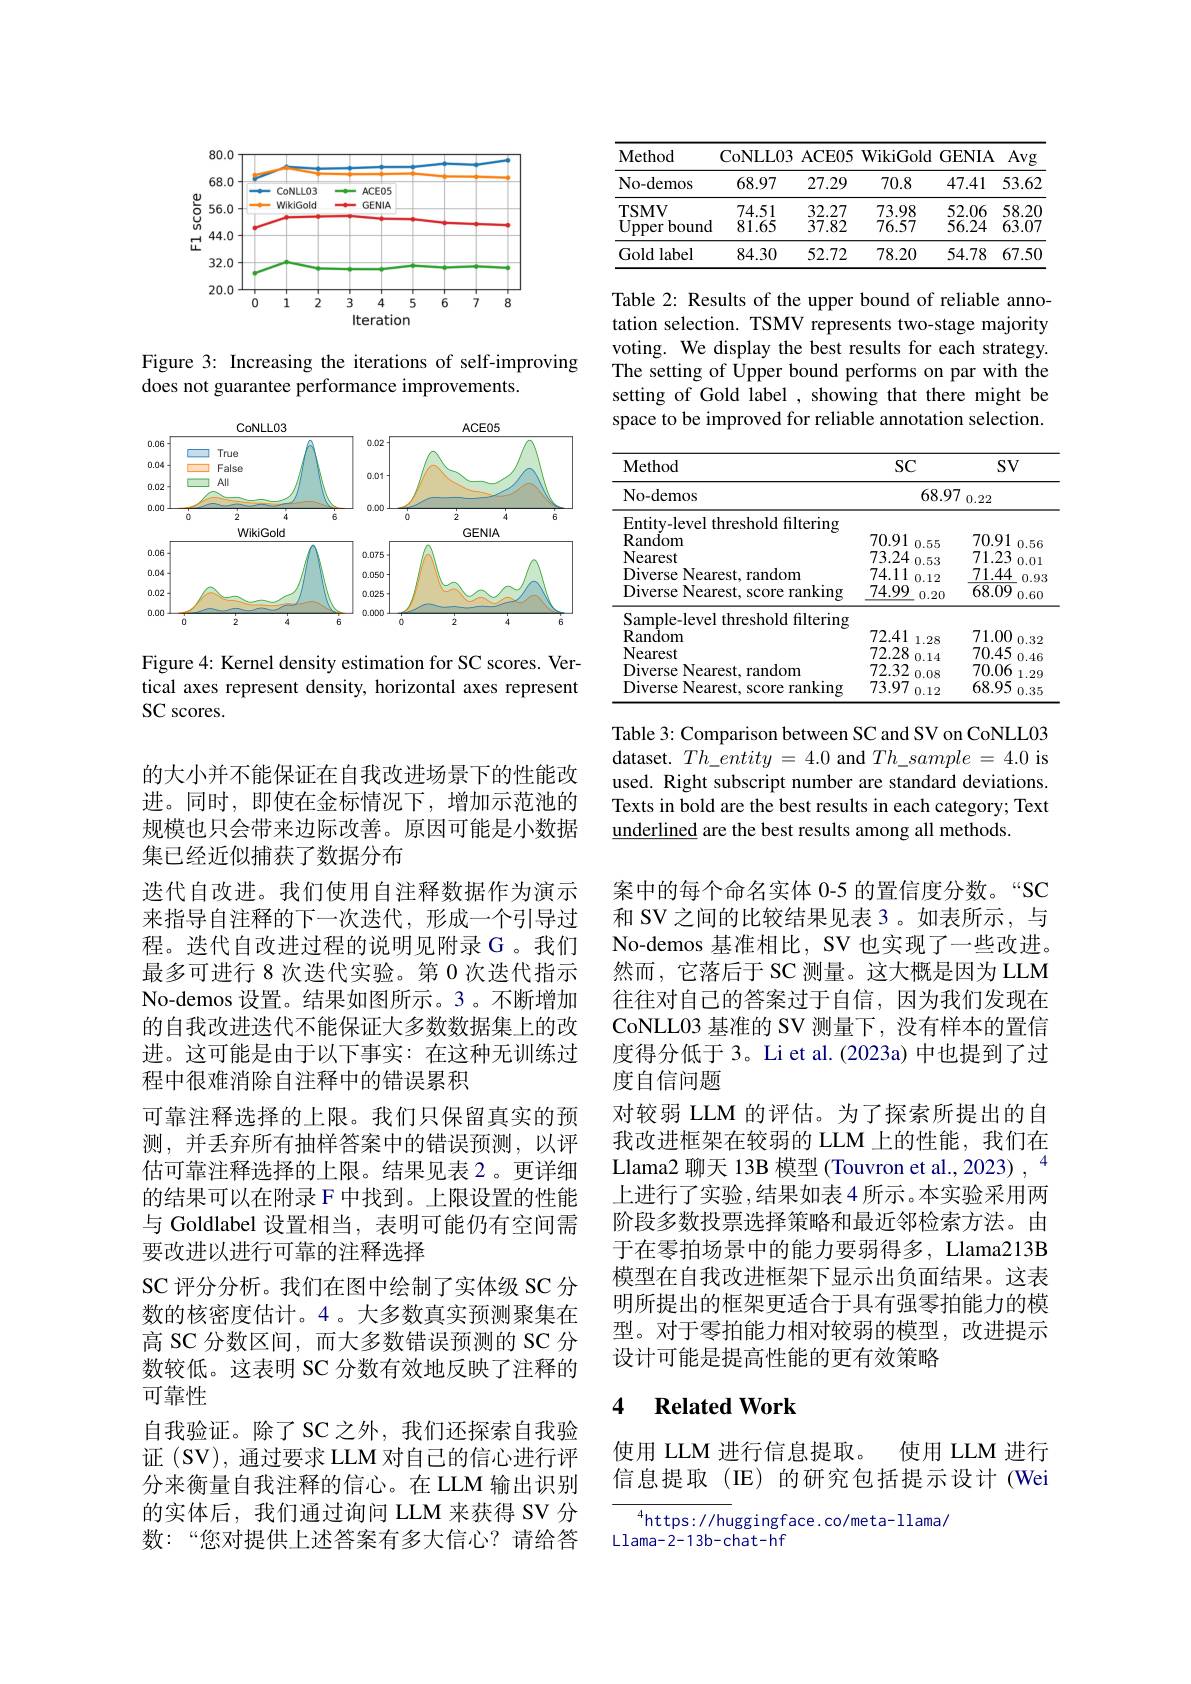
<FigureHere>

Figure 3: Increasing the iterations of self-improving
does not guarantee performance improvements.

<FigureHere>

Figure 4: Kernel density estimation for SC scores. Vertical axes represent density, horizontal axes represent SC scores.

的大小并不能保证在自我改进场景下的性能改进。同时，即使在金标情况下，增加示范池的规模也只会带来边际改善。原因可能是小数据集已经近似捕获了数据分布
选代自改进。我们使用自注释数据作为演示来指导自注释的下一次迭代，形成一个引导过程。迭代自改进过程的说明见附录 G 。我们最多可进行 8 次迭代实验。第 0 次迭代指示No-demos 设置。结果如图所示。3。不断增加的自我改进迭代不能保证大多数数据集上的改进。这可能是由于以下事实：在这种无训练过程中很难消除自注释中的错误累积
可靠注释选择的上限。我们只保留真实的预测，并丢弃所有抽样答案中的错误预测，以评估可靠注释选择的上限。结果见表 2。更详细的结果可以在附录 F 中找到。上限设置的性能与 Goldlabel 设置相当，表明可能仍有空间需要改进以进行可靠的注释选择
SC 评分分析。我们在图中绘制了实体级 SC 分数的核密度估计。4 。大多数真实预测聚集在高 SC 分数区间，而大多数错误预测的 SC 分数较低。这表明 SC 分数有效地反映了注释的可靠性
自我验证。除了SC之外，我们还探索自我验证(SV),通过要求 LLM 对自己的信心进行评分来衡量自我注释的信心。在 LLM 输出识别的实体后，我们通过询问 LLM 来获得 SV 分数：“您对提供上述答案有多大信心？请给答

<table>
	<tbody>
		<tr>
			<th>Method</th>
			<th>CoNLL03</th>
			<th>ACE05</th>
			<th>WikiGold</th>
			<th>GENIA 1</th>
			<th>Avg</th>
		</tr>
		<tr>
			<th>No-demos</th>
			<th>68.97</th>
			<th>27.29</th>
			<th>70.8</th>
			<th>47.41</th>
			<th>53.62</th>
		</tr>
		<tr>
			<td>TSMV Upper bound</td>
			<td>74.51 81.65</td>
			<td>32.27 37.82</td>
			<td>73.98 76.57</td>
			<td>52.06 56.24</td>
			<td>58.20 $\bar{63}.\bar{07}$</td>
		</tr>
		<tr>
			<td>Gold label</td>
			<td>84.30</td>
			<td>52.72</td>
			<td>78.20</td>
			<td>54.78</td>
			<td>67.50</td>
		</tr>
	</tbody>
</table>

Table 2: Results of the upper bound of reliable annotation selection. TSMV represents two-stage majority voting. We display the best results for each strategy. The setting of Upper bound performs on par with the setting of Gold label , showing that there might be space to be improved for reliable annotation selection.

<table>
	<tbody>
		<tr>
			<th>$\mathbf{Method}$</th>
			<th>SC</th>
			<th>SC</th>
			<th>$SV$</th>
		</tr>
		<tr>
			<th>No- demos</th>
			<th>$68.9^{\prime}$</th>
			<th>$68.9^{\prime}$</th>
			<th>0.22</th>
		</tr>
		<tr>
			<td>Entitv-level f threshold filtering</td>
			<td> </td>
			<td> </td>
			<td> </td>
		</tr>
		<tr>
			<td>Random</td>
			<td>70.91</td>
			<td>70.91 555</td>
			<td>70.91 56</td>
		</tr>
		<tr>
			<td>Nearest</td>
			<td>73.24 53</td>
			<td>73.24 53</td>
			<td>71.23</td>
		</tr>
		<tr>
			<td>Diverse $e$ Nearest. random</td>
			<td>74.11 0.12</td>
			<td>74.11 0.12</td>
			<td>71.44</td>
		</tr>
		<tr>
			<td>Dlverse Nearest, score rankıng $\frac{1}{2}$ 3</td>
			<td>74.99 0.20</td>
			<td>74.99 0.20</td>
			<td>68.09 0.60</td>
		</tr>
		<tr>
			<td>Sample-level threshold filtering</td>
			<td> </td>
			<td> </td>
			<td> </td>
		</tr>
		<tr>
			<td>Random</td>
			<td>72.41 1.28</td>
			<td>72.41 1.28</td>
			<td>71.00 0.32</td>
		</tr>
		<tr>
			<td>Nearest</td>
			<td>72.28 0.14</td>
			<td>72.28 0.14</td>
			<td>70.45 0.46</td>
		</tr>
		<tr>
			<td>Diverse Nearest, random</td>
			<td>72.32 0.08</td>
			<td>72.32 0.08</td>
			<td>70.06 1.29</td>
		</tr>
		<tr>
			<td>Diverse Nearest, score ranking</td>
			<td>73.97 0.12</td>
			<td>73.97 0.12</td>
			<td>68.95 0.35</td>
		</tr>
	</tbody>
</table>

Table 3: Comparison between SC and SV on CoNLL03 dataset. $Th\_entity=4.0$ and $Th\_sample=4.0$ is used. Right subscript number are standard deviations. Texts in bold are the best results in each category; Text underlined are the best results among all methods.

案中的每个命名实体 0-5 的置信度分数。“SC 和 SV 之间的比较结果见表 3。如表所示，与No-demos 基准相比，SV 也实现了一些改进。然而，它落后于 SC 测量。这大概是因为 LLM 往往对自己的答案过于自信，因为我们发现在CoNLL03 基准的 SV 测量下，没有样本的置信度得分低于 3。Li et al. (2023a) 中也提到了过度自信问题
对较弱 LLM 的评估。为了探索所提出的自我改进框架在较弱的 LLM 上的性能，我们在Llama2 聊天 13B 模型 (Touvron et al., 2023) , “ 上进行了实验，结果如表4 所示。本实验采用两阶段多数投票选择策略和最近邻检索方法。由于在零拍场景中的能力要弱得多，Llama213B 模型在自我改进框架下显示出负面结果。这表明所提出的框架更适合于具有强零拍能力的模型。对于零拍能力相对较弱的模型，改进提示设计可能是提高性能的更有效策略

## 4 $\textbf{Related Work}$

使用 LLM 进行信息提取。
使用 LLM 进行
信息提取(IE)的研究包括提示设计(Wei

${\overline{{^4}\mathrm{https:}//\mathrm{hu}}}$ggingface.co/meta-llama/
Llama-2-13b-chat-hf